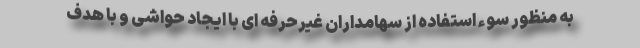
به منظور سوء استفاده از سهامداران غیرحرفه ای با ایجاد حواشی و با هدف